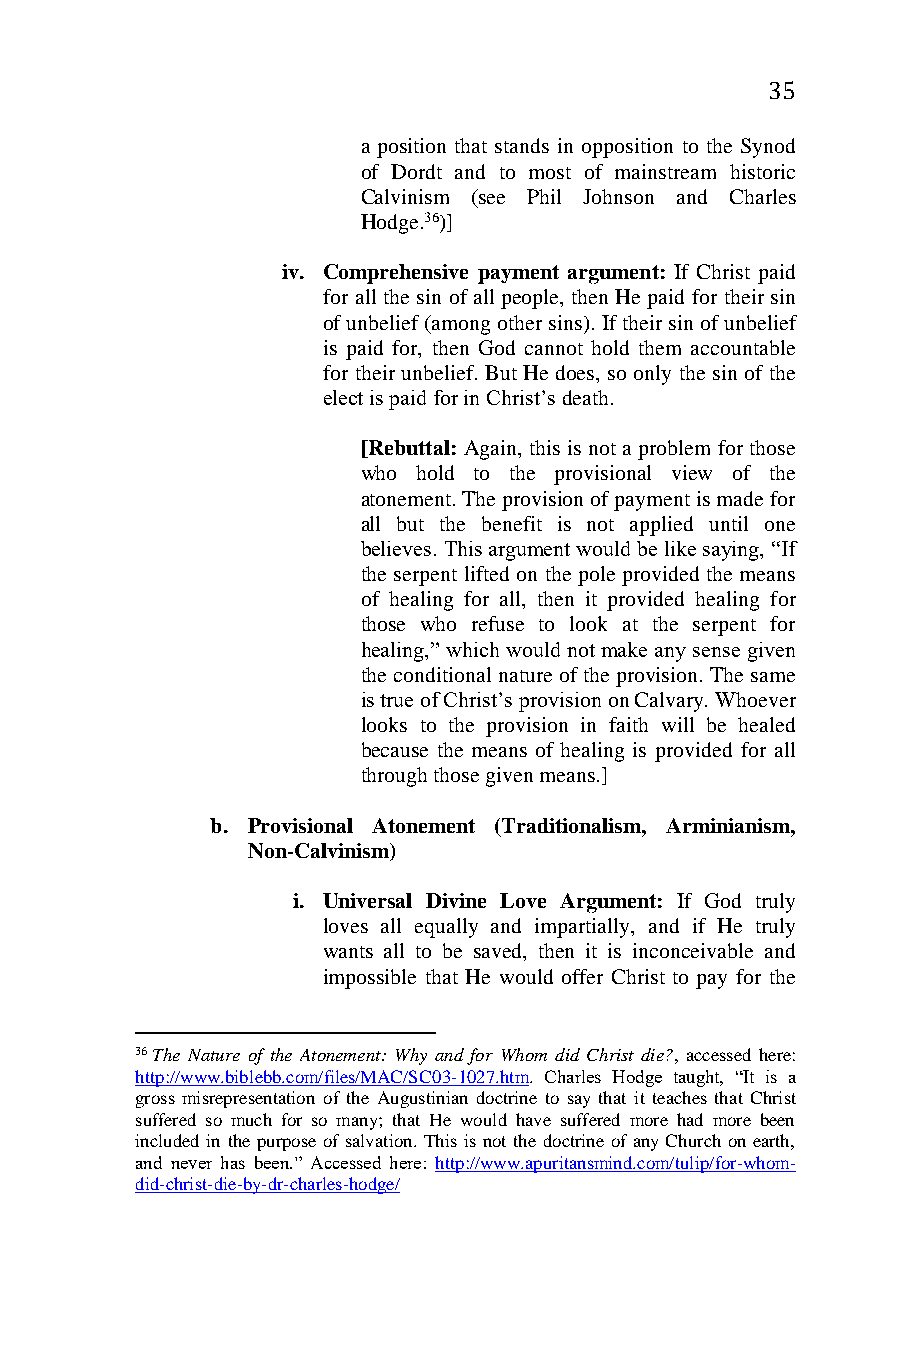
35
 a position that stands in opposition to the Synod
 of Dordt and to most of mainstream historic
 Calvinism (see Phil Johnson and Charles
 Hodge.36)]
 iv. Comprehensive payment argument: If Christ paid
 for all the sin of all people, then He paid for their sin
 of unbelief (among other sins). If their sin of unbelief
 is paid for, then God cannot hold them accountable
 for their unbelief. But He does, so only the sin of the
 elect is paid for in Christ’s death.
 [Rebuttal: Again, this is not a problem for those
 who hold to the provisional view of the
 atonement. The provision of payment is made for
 all but the benefit is not applied until one
 believes. This argument would be like saying, “If
 the serpent lifted on the pole provided the means
 of healing for all, then it provided healing for
 those who refuse to look at the serpent for
 healing,” which would not make any sense given
 the conditional nature of the provision. The same
 is true of Christ’s provision on Calvary. Whoever
 looks to the provision in faith will be healed
 because the means of healing is provided for all
 through those given means.]
 b. Provisional Atonement (Traditionalism, Arminianism,
 Non-Calvinism)
 i. Universal Divine Love Argument: If God truly
 loves all equally and impartially, and if He truly
 wants all to be saved, then it is inconceivable and
 impossible that He would offer Christ to pay for the
 36 The Nature of the Atonement: Why and for Whom did Christ die?, accessed here:
 http://www.biblebb.com/files/MAC/SC03-1027.htm. Charles Hodge taught, “It is a
 gross misrepresentation of the Augustinian doctrine to say that it teaches that Christ
 suffered so much for so many; that He would have suffered more had more been
 included in the purpose of salvation. This is not the doctrine of any Church on earth,
 and never has been.” Accessed here: http://www.apuritansmind.com/tulip/for-whom-
 did-christ-die-by-dr-charles-hodge/